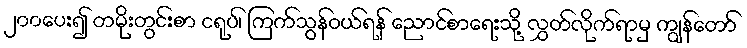
၂၀၀ပေး၍ တမိုးတွင်းစာ ငရုပ်၊ ကြက်သွန်ဝယ်ရန် ညောင်စာရေးသို့ လွှတ်လိုက်ရာမှ ကျွန်တော်